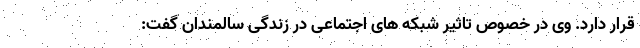
قرار دارد. وی در خصوص تاثیر شبکه های اجتماعی در زندگی سالمندان گفت: